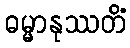
ဓမ္မာနုဿတိံ